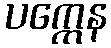
ပက္ကေန